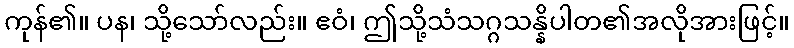
ကုန်၏။ ပန၊ သို့သော်လည်း။ ဧဝံ၊ ဤသို့သံသဂ္ဂသန္နိပါတ၏အလိုအားဖြင့်။